Annual administration report of the Civil Veterinary Department of India - 1896-1897
Year: 1896
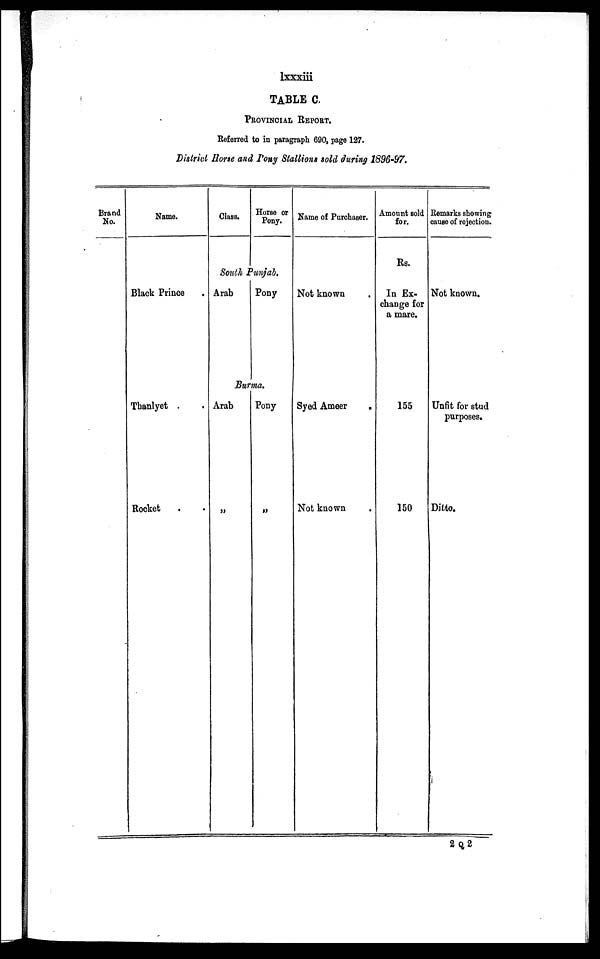
lxxxiii
TABLE C.
PROVINCIAL REPORT.
Referred to in paragraph 690, page 127.
District Horse and Pony Stallions sold during 1896-97.
Brand
No.
Name.
Black Prince .
Thanlyet . .
Rocket . .
Class.
Horse or
Pony.
South Punjab.
Arab
Pony
Burma.
Arab
„
Pony
„
Name of Purchaser.
Not known .
Syed Ameer
.
Not known .
Amount sold
for.
Rs.
In Ex-
change for
a mare.
155
150
Remarks showing
cause of rejection.
Not known.
Unfit for stud
purposes.
Ditto.
2 Q 2